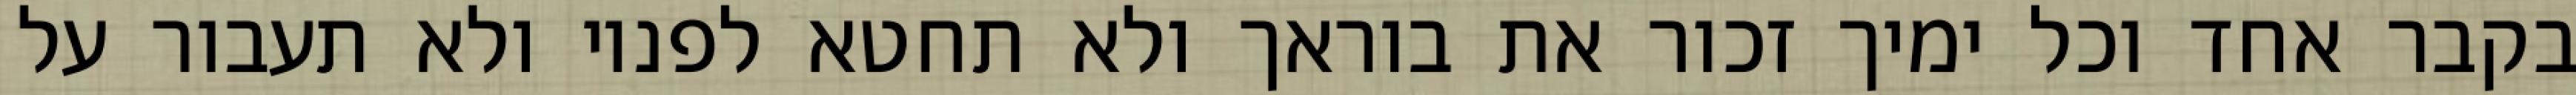
בקבר אחד וכל ימיך זכור את בוראך ולא תחטא לפניו ולא תעבור על